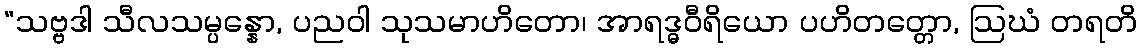
“သဗ္ဗဒါ သီလသမ္ပန္နော, ပညဝါ သုသမာဟိတော၊ အာရဒ္ဓဝီရိယော ပဟိတတ္တော, ဩဃံ တရတိ